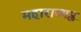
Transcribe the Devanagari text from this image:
महाराज्यप्ल